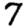
Digit: 7